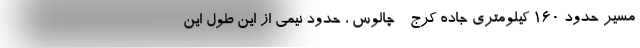
مسیر حدود ۱۶۰ کیلومتری جاده کرج - چالوس ، حدود نیمی از این طول این